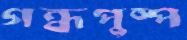
গন্ধপুষ্প